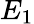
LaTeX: E_{1}